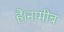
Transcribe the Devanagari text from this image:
है।नामीब